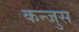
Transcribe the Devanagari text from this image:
कन्जुस